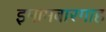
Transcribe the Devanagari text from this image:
इमामबारगाह